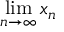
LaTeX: \operatorname* { l i m } _ { n \to \infty } x _ { n }